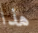
هذا